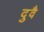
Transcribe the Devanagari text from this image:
दुवै